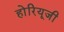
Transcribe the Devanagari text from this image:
होरियूजी